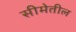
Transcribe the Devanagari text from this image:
सीमेतील